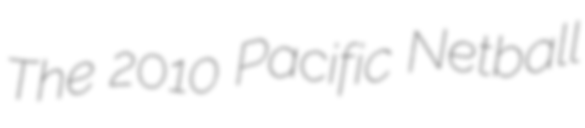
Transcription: The 2010 Pacific Netball